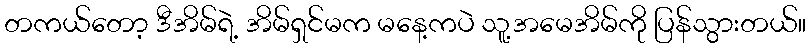
တကယ်တော့ ဒီအိမ်ရဲ့ အိမ်ရှင်မက မနေ့ကပဲ သူ့အမေအိမ်ကို ပြန်သွားတယ်။